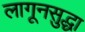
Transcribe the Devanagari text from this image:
लागूनसुद्धा